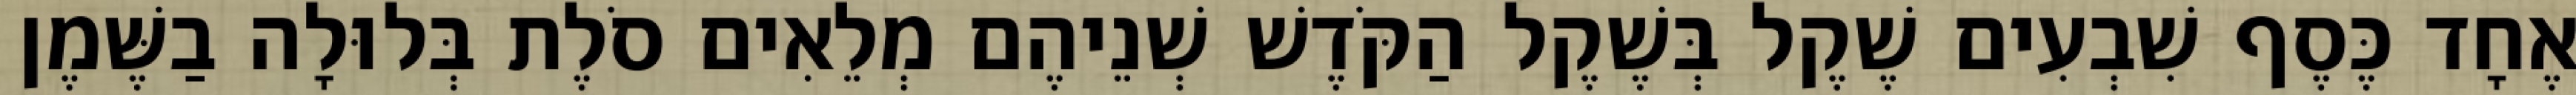
אֶחָד כֶּסֶף שִׁבְעִים שֶׁקֶל בְּשֶׁקֶל הַקֹּדֶשׁ שְׁנֵיהֶם מְלֵאִים סֹלֶת בְּלוּלָה בַשֶּׁמֶן